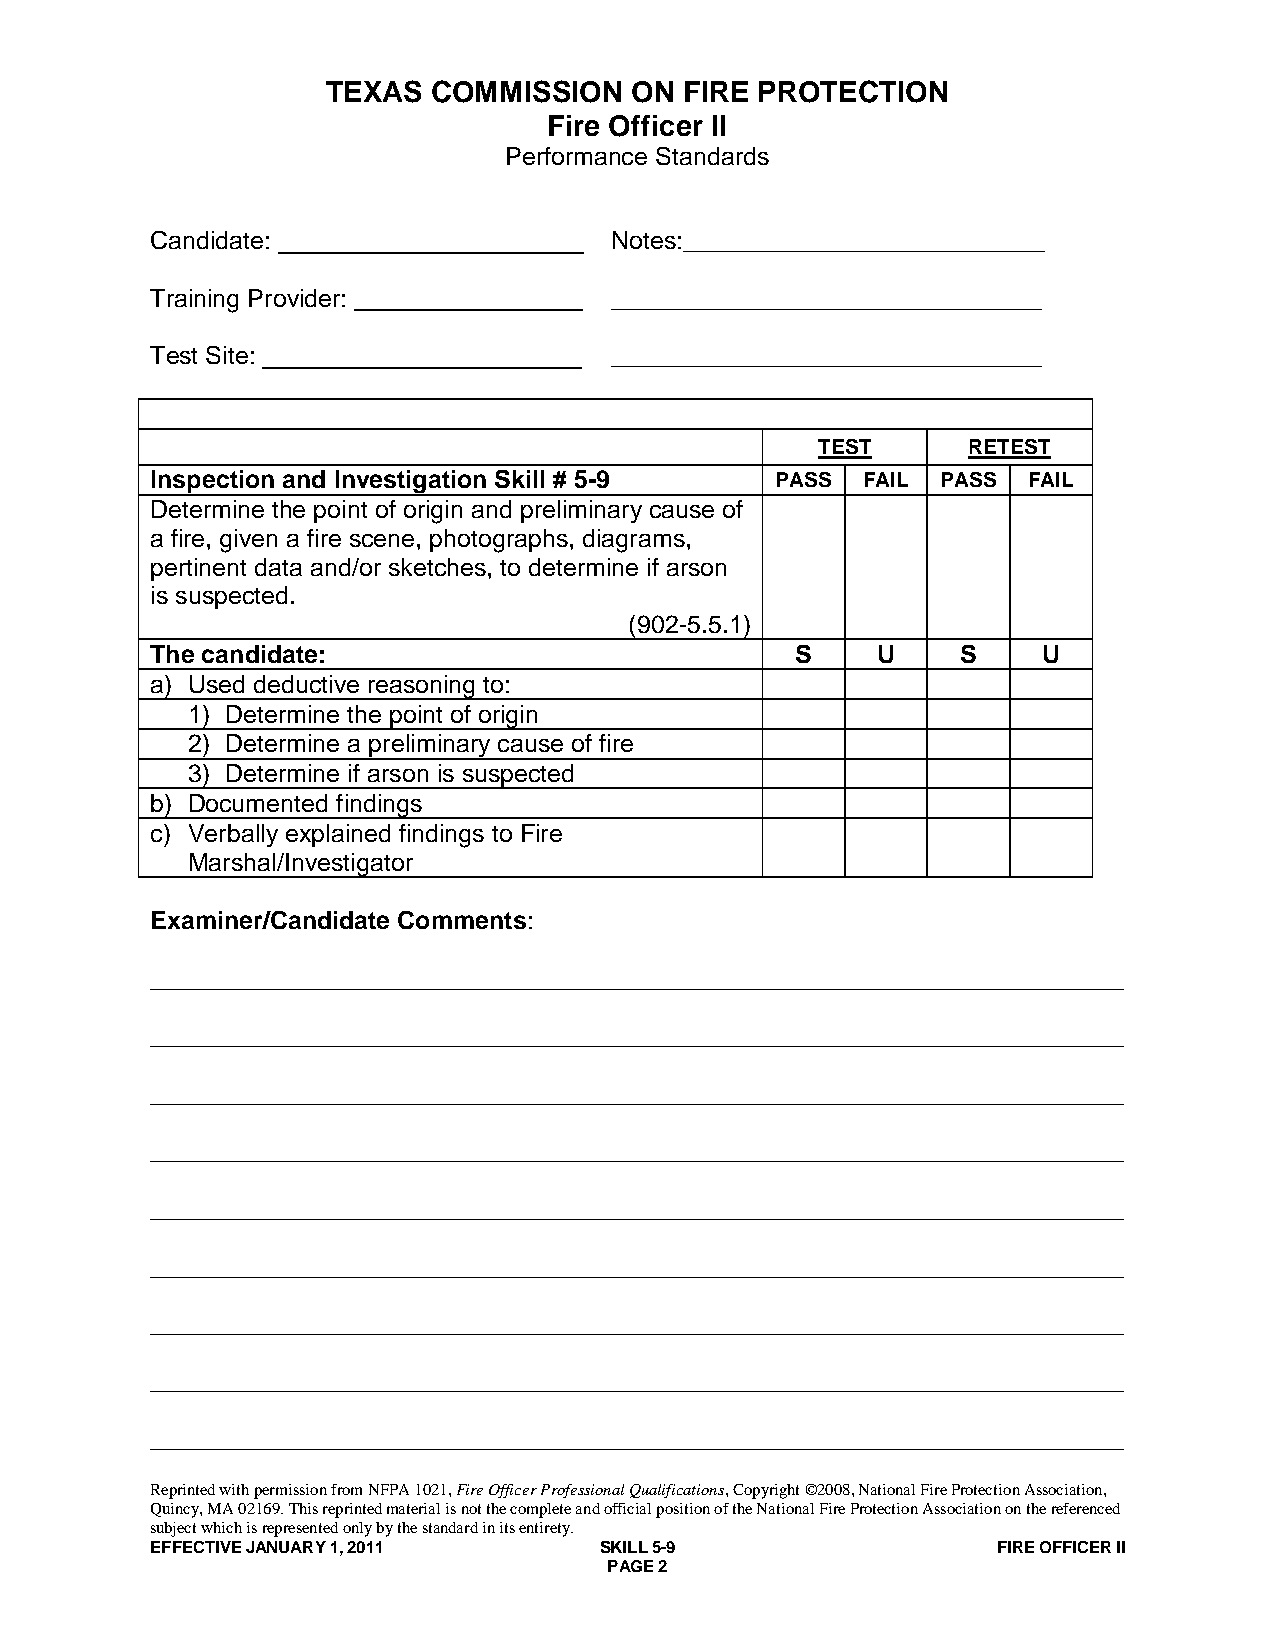
TEXAS  COMMISSION   ON FIRE PROTECTION
 Fire Officer II
 Performance Standards
 Candidate:                    Notes:__________________________
 Training Provider:            _______________________________
 Test Site:                    _______________________________
 TEST      RETEST
 Inspection and Investigation Skill # 5-9 PASS  FAIL PASS  FAIL
 Determine the point of origin and preliminary cause of
 a fire, given a fire scene, photographs, diagrams,
 pertinent data and/or sketches, to determine if arson
 is suspected.
 (902-5.5.1)
 The candidate:                             S    U     S    U
 a) Used deductive reasoning to:
 1) Determine the point of origin
 2) Determine a preliminary cause of fire
 3) Determine if arson is suspected
 b) Documented findings
 c) Verbally explained findings to Fire
 Marshal/Investigator
 Examiner/Candidate Comments:
 ______________________________________________________________________
 ______________________________________________________________________
 ______________________________________________________________________
 ______________________________________________________________________
 ______________________________________________________________________
 ______________________________________________________________________
 ______________________________________________________________________
 ______________________________________________________________________
 ______________________________________________________________________
 Reprinted with permission from NFPA 1021, Fire Officer Professional Qualifications, Copyright ©2008, National Fire Protection Association,
 Quincy, MA 02169. This reprinted material is not the complete and official position of the National Fire Protection Association on the referenced
 subject which is represented only by the standard in its entirety.
 EFFECTIVE JANUARY 1, 2011     SKILL 5-9                 FIRE OFFICER II
 PAGE 2